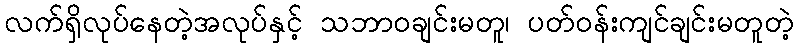
လက်ရှိလုပ်နေတဲ့အလုပ်နှင့် သဘာဝချင်းမတူ၊ ပတ်ဝန်းကျင်ချင်းမတူတဲ့